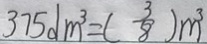
3 7 5 d m ^ { 3 } = ( \frac { 3 } { 8 } ) m ^ { 3 }